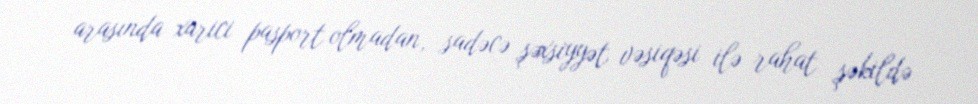
arasında xarici pasport olmadan, sadəcə şəxsiyyət vəsiqəsi ilə rahat şəkildə